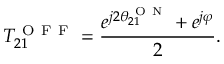
T _ { 2 1 } ^ { \mathrm { ~ O ~ F ~ F ~ } } = \frac { e ^ { j 2 \theta _ { 2 1 } ^ { \mathrm { ~ O ~ N ~ } } } + e ^ { j \varphi } } { 2 } .